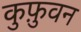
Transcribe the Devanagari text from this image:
कुफ़ुवन